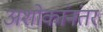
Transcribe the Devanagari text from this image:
अशोकांनंतर